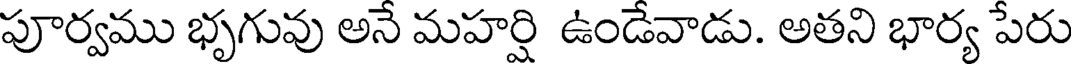
పూర్వము భృగువు అనే మహర్షి ఉండేవాడు. అతని భార్య పేరు